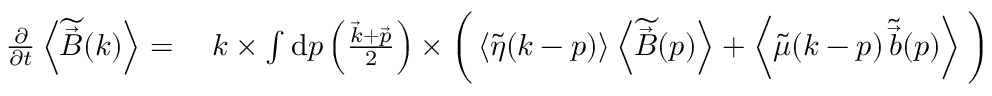
\begin{array} { r l } { \frac { \partial } { \partial t } \left< \widetilde { \vec { B } } ( \boldsymbol { k } ) \right> = { } } & { { } \boldsymbol { k } \times \int \mathrm { d } \boldsymbol { p } \left( \frac { \vec { k } + \vec { p } } { 2 } \right) \times \bigg ( \left< \widetilde { \eta } ( \boldsymbol { k } - \boldsymbol { p } ) \right> \left< \widetilde { \vec { B } } ( \boldsymbol { p } ) \right> + \left< \widetilde { \mu } ( \boldsymbol { k } - \boldsymbol { p } ) \, \widetilde { \vec { b } } ( \boldsymbol { p } ) \right> \bigg ) } \end{array}